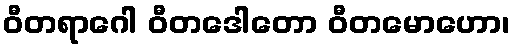
ဝီတရာဂေါ ဝီတဒေါတော ဝီတမောဟော၊